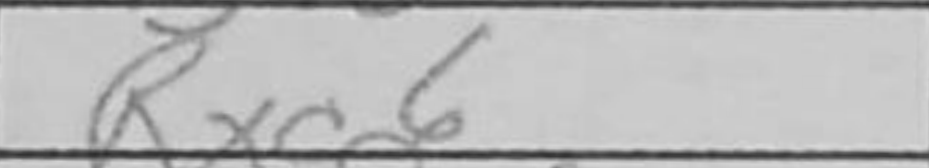
Transcription: Rxc6